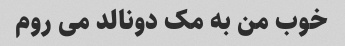
خوب من به مک دونالد می روم